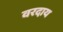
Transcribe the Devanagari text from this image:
वरदाय